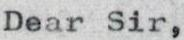
Dear Sir,